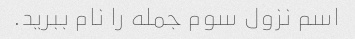
اسم نزول سوم جمله را نام ببرید.